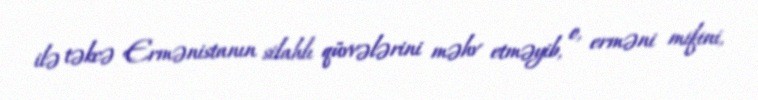
ilə təkcə Ermənistanın silahlı qüvvələrini məhv etməyib, o, erməni mifini,